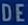
DE